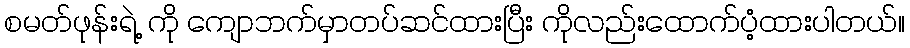
စမတ်ဖုန်းရဲ့ ကို ကျောဘက်မှာတပ်ဆင်ထားပြီး ကိုလည်းထောက်ပံ့ထားပါတယ်။